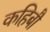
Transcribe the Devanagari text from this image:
कहिबौ